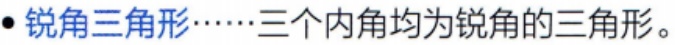
#NAME?